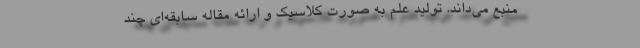
منبع می‌داند. تولید علم به صورت کلاسیک و ارائه مقاله سابقه‌ای چند